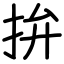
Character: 拚